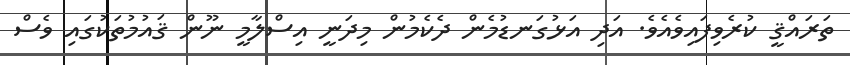
ތަރައްޤީ ކުރެވިފައިވެއެވެ. އަދި އަޅުގަނޑުމެން ދެކެމުން މިދަނީ އިސްލާމީ ނޫން ޤައުމުތަކުގައި ވެސް